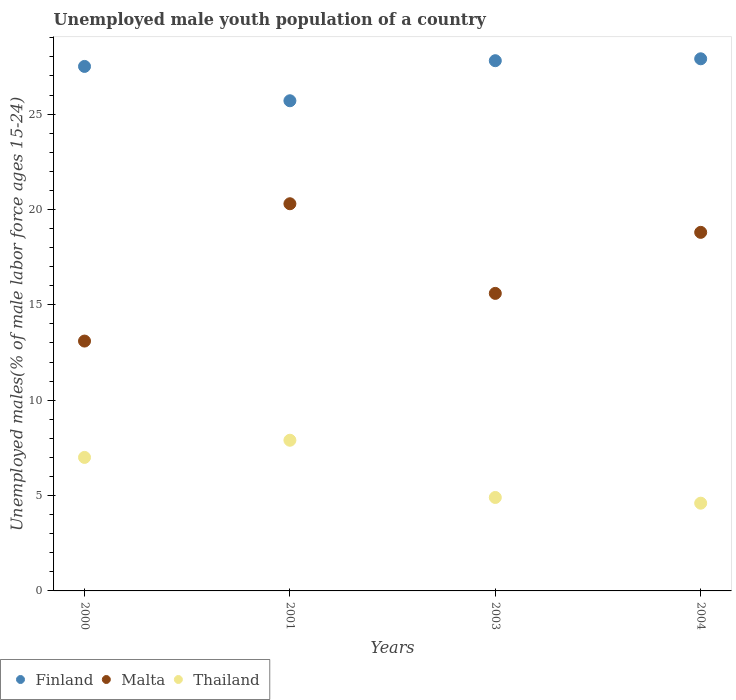
| Years | Finland | Malta | Thailand |
 | --- | --- | --- | --- |
 | 2000 | 27.5 | 13.1 | 7 |
 | 2001 | 25.7 | 20.3 | 7.9 |
 | 2003 | 27.8 | 15.6 | 4.9 |
 | 2004 | 27.9 | 18.8 | 4.6 |